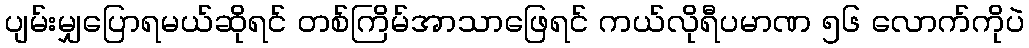
ပျမ်းမျှပြောရမယ်ဆိုရင် တစ်ကြိမ်အာသာဖြေရင် ကယ်လိုရီပမာဏ ၅၆ လောက်ကိုပဲ